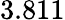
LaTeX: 3.811